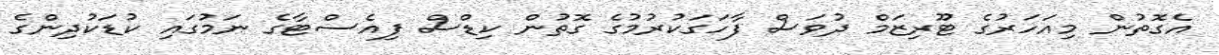
އެގޮތުން މިއަހަރުގެ ޓޫރިޒަމް ދުވަސް ފާހަގަކުރުމުގެ ގޮތުން ކިޑްސް ފިއެސްޓާގެ ނަމުގައި ކުޑަކުދިންގެ